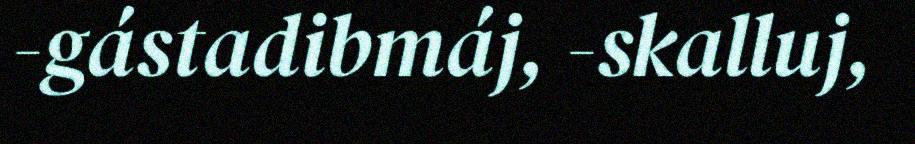
-gástadibmáj, -skalluj,